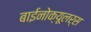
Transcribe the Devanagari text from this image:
बाईनोक्यूलर्स